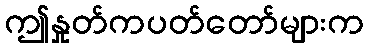
ဤနှုတ်ကပတ်တော်များက